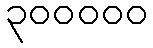
၃၀၀၀၀၀